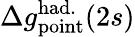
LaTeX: \Delta{g}_{\mathrm{point}}^{\mathrm{had.}}(2s)